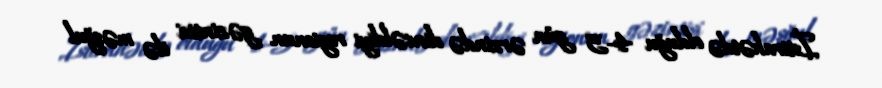
İstirahətdə olduğu 4-5 gün ərzində dincəldiyi regionun gəzintisi ilə məşğul